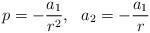
LaTeX: \begin{align*}p=-\frac{a_{1}}{r^2},~~a_{2}=-\frac{a_{1}}{r}\end{align*}